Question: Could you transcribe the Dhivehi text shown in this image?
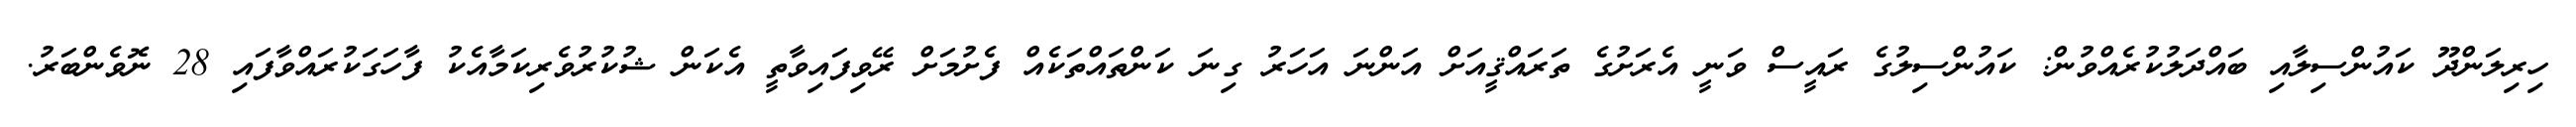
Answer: ހިރިލަންދޫ ކައުންސިލާއި ބައްދަލުކުރެއްވުން: ކައުންސިލުގެ ރައީސް ވަނީ އެރަށުގެ ތަރައްޤީއަށް އަންނަ އަހަރު ގިނަ ކަންތައްތަކެއް ފެށުމަށް ރޭވިފައިވާތީ އެކަން ޝުކުރުވެރިކަމާއެކު ފާހަގަކުރައްވާފައި 28 ނޮވެންބަރު.